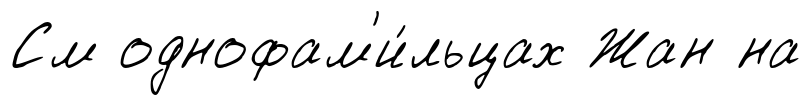
См однофам'и́льцах Жан на